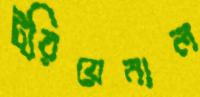
ট্রিয়েনাল